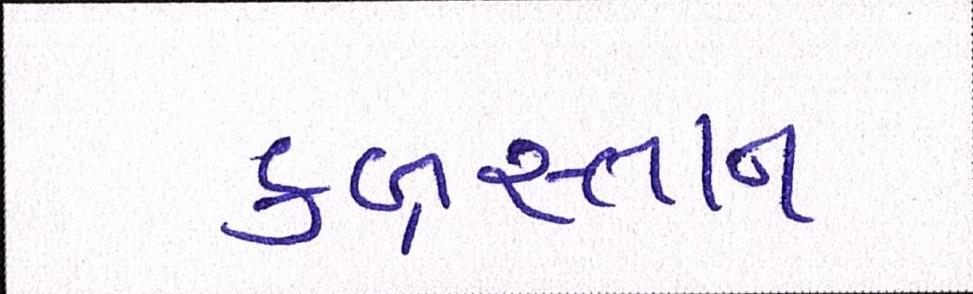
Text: કબ્રસ્તાન